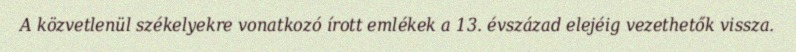
A közvetlenül székelyekre vonatkozó írott emlékek a 13. évszázad elejéig vezethetők vissza.